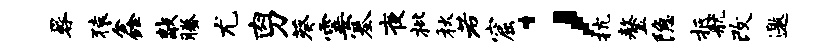
晷猿鑫敲腾尤肉刀葵霎塞夜枇秋若窟；抗鏊隐抵航改邀